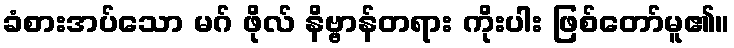
ခံစားအပ်သော မဂ် ဖိုလ် နိဗ္ဗာန်တရား ကိုးပါး ဖြစ်တော်မူ၏။